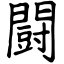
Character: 闘